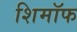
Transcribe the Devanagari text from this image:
शिमॉफ